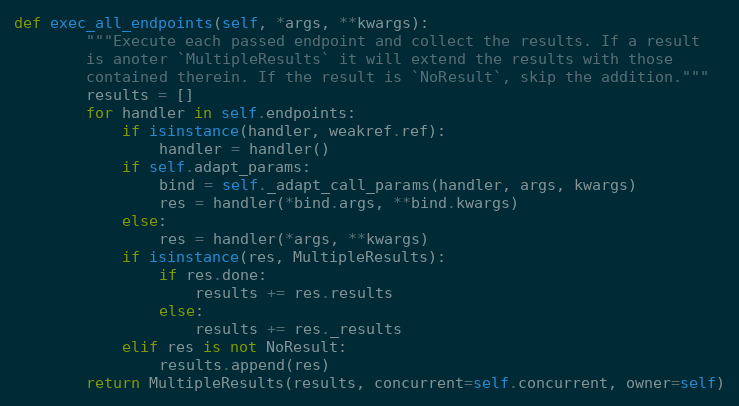
Language: Python
def exec_all_endpoints(self, *args, **kwargs):
        """Execute each passed endpoint and collect the results. If a result
        is anoter `MultipleResults` it will extend the results with those
        contained therein. If the result is `NoResult`, skip the addition."""
        results = []
        for handler in self.endpoints:
            if isinstance(handler, weakref.ref):
                handler = handler()
            if self.adapt_params:
                bind = self._adapt_call_params(handler, args, kwargs)
                res = handler(*bind.args, **bind.kwargs)
            else:
                res = handler(*args, **kwargs)
            if isinstance(res, MultipleResults):
                if res.done:
                    results += res.results
                else:
                    results += res._results
            elif res is not NoResult:
                results.append(res)
        return MultipleResults(results, concurrent=self.concurrent, owner=self)